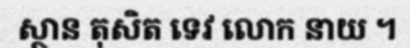
ស្ថាន តុសិត ទេវ លោក នាយ ។